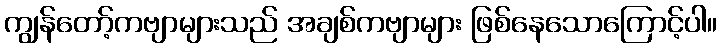
ကျွန်တော့်ကဗျာများသည် အချစ်ကဗျာများ ဖြစ်နေသောကြောင့်ပါ။